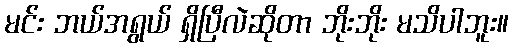
မင်း ဘယ်အရွယ် ရှိပြီလဲဆိုတာ ဘိုးဘိုး မသိပါဘူး။